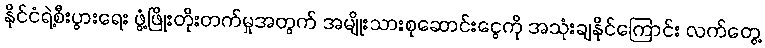
နိုင်ငံရဲ့စီးပွားရေး ဖွံ့ဖြိုးတိုးတက်မှုအတွက် အမျိုးသားစုဆောင်းငွေကို အသုံးချနိုင်ကြောင်း လက်တွေ့